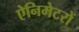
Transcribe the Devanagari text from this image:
ऐनिमेटरों